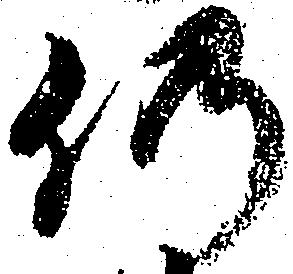
仍